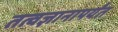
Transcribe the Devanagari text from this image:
तत्वज्ञानापर्यंत